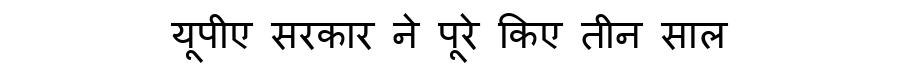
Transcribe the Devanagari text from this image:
यूपीए सरकार ने पूरे किए तीन साल